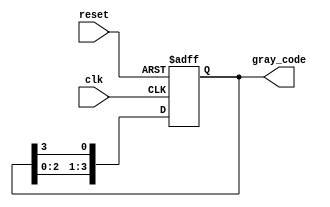
module johnson_gray_counter(
    input clk,
    input reset,
    output reg [3:0] gray_code
);

reg [3:0] q;

always @(posedge clk or posedge reset) begin
    if (reset) begin
        q <= 4'b0000;
    end 
    else begin
        q <= {q[2:0], q[3]};
    end
end

assign gray_code = q;

endmodule